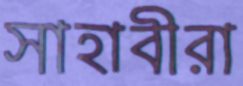
সাহাবীরা